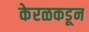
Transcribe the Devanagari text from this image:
केरळकडून